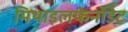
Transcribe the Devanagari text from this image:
मिथाइलफेनाडेट